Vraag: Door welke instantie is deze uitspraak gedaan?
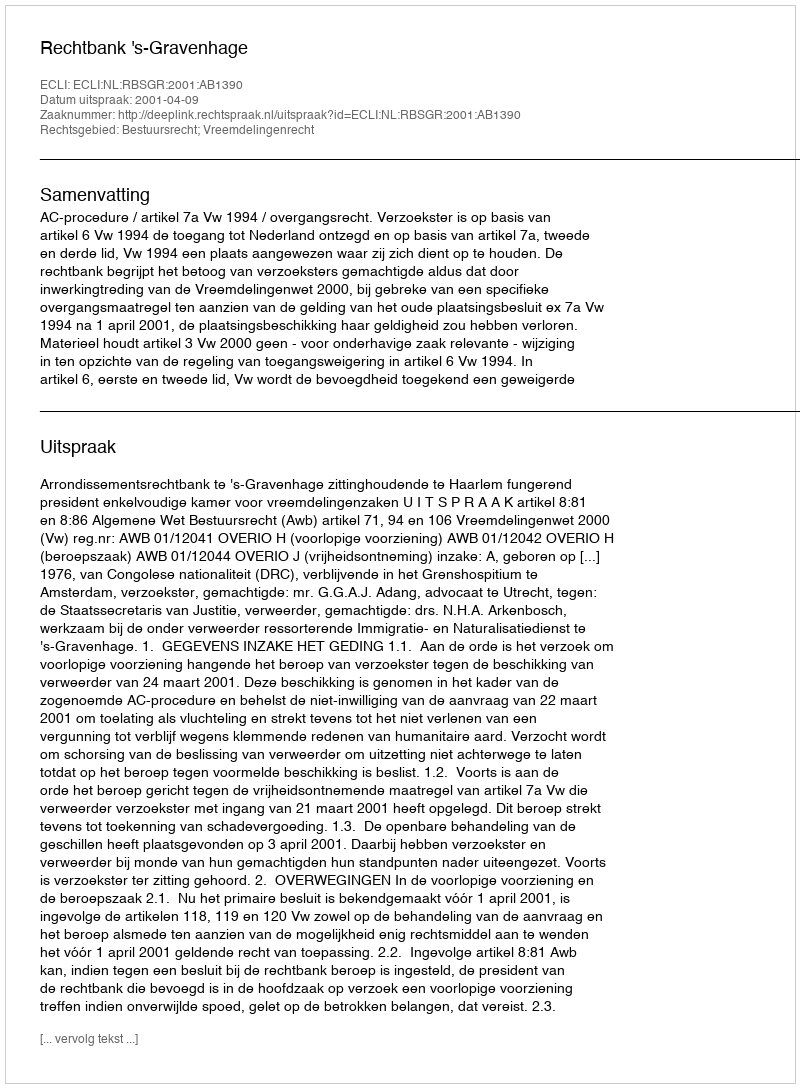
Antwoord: Rechtbank 's-Gravenhage